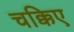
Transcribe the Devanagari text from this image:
चक्किए